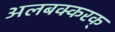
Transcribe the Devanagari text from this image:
अलबक्करक्